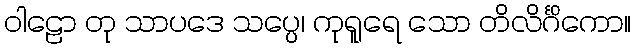
ဝါဠော တု သာပဒေ သပ္ပေ၊ ကုရူရေ သော တိလိင်္ဂိကော။